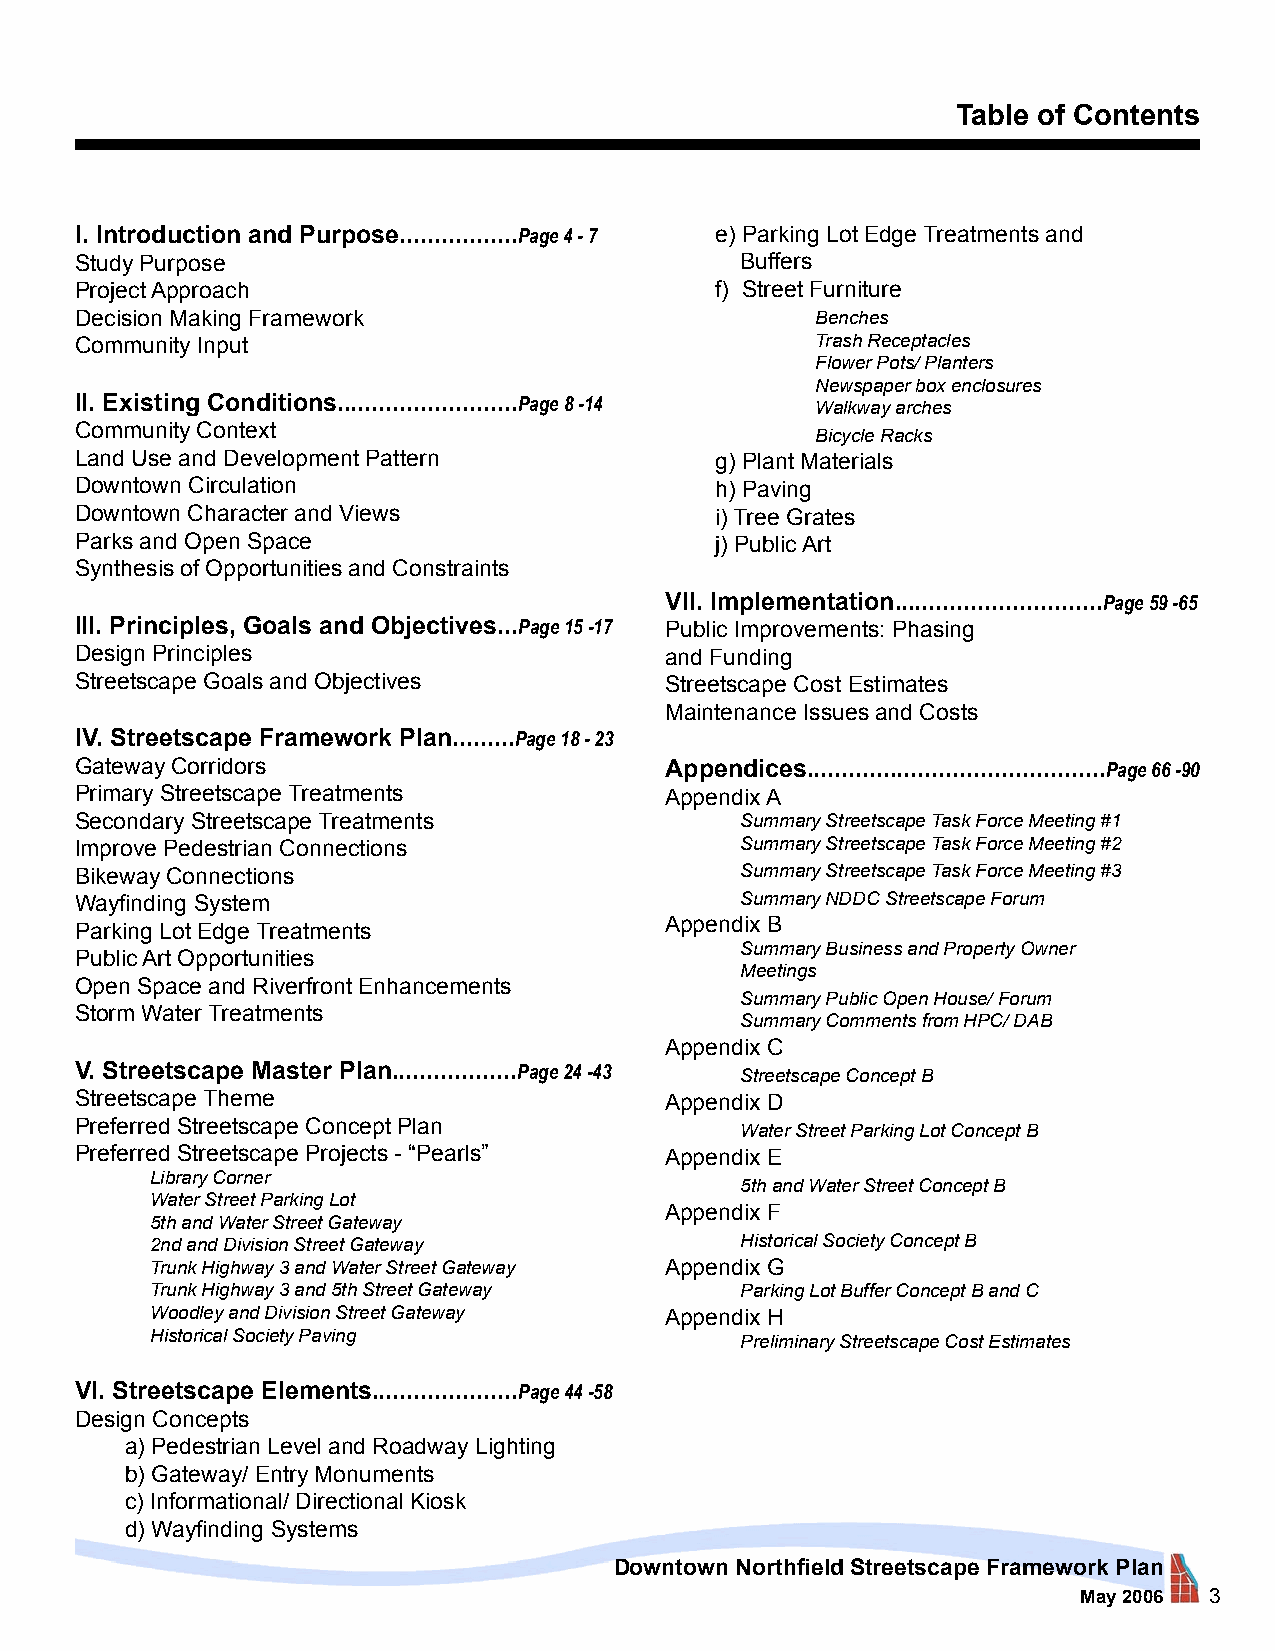
Table of Contents
 I. Introduction and Purpose.................Page 4 - 7 e) Parking Lot Edge Treatments and
 Study Purpose                               Buffers
 Project Approach                          f) Street Furniture
 Decision Making Framework                        Benches
 Community Input                                  Trash Receptacles
 Flower Pots/ Planters
 Newspaper box enclosures
 II. Existing Conditions..........................Page 8 -14 Walkway arches
 Community Context
 Bicycle Racks
 Land Use and Development Pattern          g) Plant Materials
 Downtown Circulation                      h) Paving
 Downtown Character and Views              i) Tree Grates
 Parks and Open Space                      j) Public Art
 Synthesis of Opportunities and Constraints
 VII. Implementation..............................Page 59 -65
 III. Principles, Goals and Objectives...Page 15 -17 Public Improvements: Phasing
 Design Principles                      and Funding
 Streetscape Goals and Objectives       Streetscape Cost Estimates
 Maintenance Issues and Costs
 IV. Streetscape Framework Plan.........Page 18 - 23
 Gateway Corridors                      Appendices...........................................Page 66 -90
 Primary Streetscape Treatments         Appendix A
 Secondary Streetscape Treatments            Summary Streetscape Task Force Meeting #1
 Improve Pedestrian Connections              Summary Streetscape Task Force Meeting #2
 Bikeway Connections                         Summary Streetscape Task Force Meeting #3
 Wayfinding System                           Summary NDDC Streetscape Forum
 Appendix B
 Parking Lot Edge Treatments
 Summary Business and Property Owner
 Public Art Opportunities
 Meetings
 Open Space and Riverfront Enhancements
 Summary Public Open House/ Forum
 Storm Water Treatments
 Summary Comments from HPC/ DAB
 Appendix C
 V. Streetscape Master Plan..................Page 24 -43 Streetscape Concept B
 Streetscape Theme                      Appendix D
 Preferred Streetscape Concept Plan
 Water Street Parking Lot Concept B
 Preferred Streetscape Projects - “Pearls” Appendix E
 Library Corner
 5th and Water Street Concept B
 Water Street Parking Lot
 Appendix F
 5th and Water Street Gateway
 2nd and Division Street Gateway        Historical Society Concept B
 Trunk Highway 3 and Water Street Gateway Appendix G
 Trunk Highway 3 and 5th Street Gateway Parking Lot Buffer Concept B and C
 Woodley and Division Street Gateway Appendix H
 Historical Society Paving              Preliminary Streetscape Cost Estimates
 VI. Streetscape Elements.....................Page 44 -58
 Design Concepts
 a) Pedestrian Level and Roadway Lighting
 b) Gateway/ Entry Monuments
 c) Informational/ Directional Kiosk
 d) Wayfinding Systems
 Downtown Northfield Streetscape Framework Plan
 May 2006 3